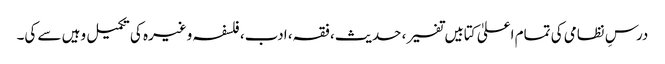
درسِ نظامی کی تمام اعلیٰ کتابیں تفسیر، حدیث، فقہ، ادب، فلسفہ وغیرہ کی تکمیل وہیں سے کی۔